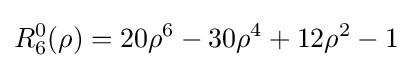
R_{6}^{0}(\rho )=20\rho ^{6}-30\rho ^{4}+12\rho ^{2}-1